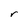
Character: r